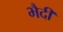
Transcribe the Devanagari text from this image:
भैदी